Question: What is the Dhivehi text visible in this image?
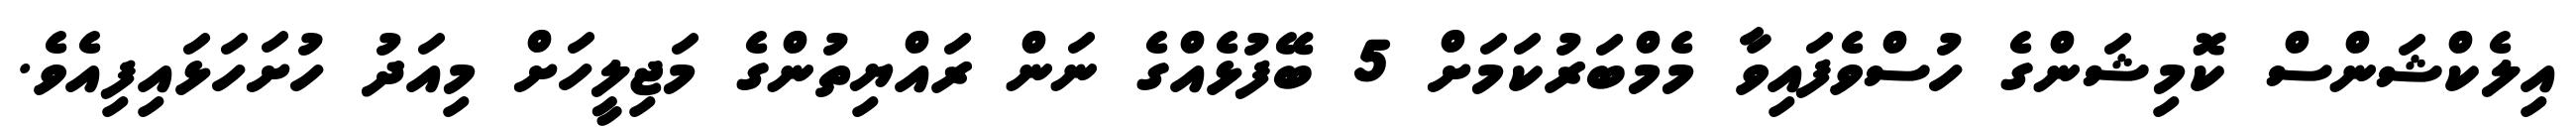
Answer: އިލެކްޝަންސް ކޮމިޝަންގެ ހުސްވެފައިވާ މެމްބަރުކަމަށް 5 ބޭފުޅެއްގެ ނަން ރައްޔިތުންގެ މަޖިލީހަށް މިއަދު ހުށަހަޅައިފިއެވެ.